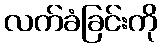
လက်ခံခြင်းကို